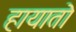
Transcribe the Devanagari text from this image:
हायातो